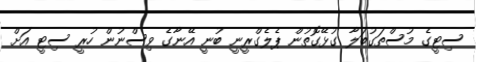
ސިޓީގެ މުސްތަގުބަލާ ގުޅޭގޮތުން ޕެލެގްރީނީ ބުނީ އޭނާގެ ވިސްނުން ހުރީ ސިޓީ އަށް